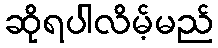
ဆိုရပါလိမ့်မည်